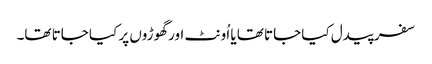
سفر پیدل کیا جاتا تھا یا اُونٹ اور گھوڑوں پر کیا جاتا تھا۔